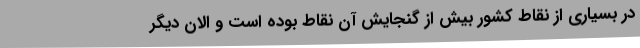
در بسیاری از نقاط کشور بیش از گنجایش آن نقاط بوده است و الان دیگر